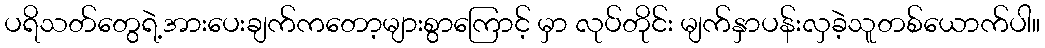
ပရိသတ်တွေရဲ့အားပေးချက်ကတော့များစွာကြောင့် မှာ လုပ်တိုင်း မျက်နှာပန်းလှခဲ့သူတစ်ယောက်ပါ။